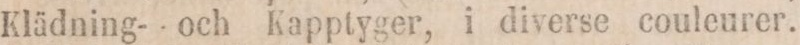
Klädning- och Kapptyger, i diverse couleurer.